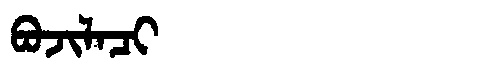
Manchu: ᠪᠣᠵᡳᠯᠠᠴᡳ
Romanization: BOJILACI